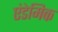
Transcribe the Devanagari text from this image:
एंडेमिक